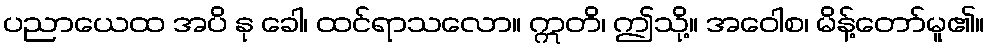
ပညာယေထ အပိ နု ခေါ၊ ထင်ရာသလော။ ဣတိ၊ ဤသို့။ အဝေါစ၊ မိန့်တော်မူ၏။